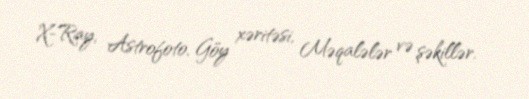
X-Ray, Astrofoto, Göy xəritəsi, Məqalələr və şəkillər.